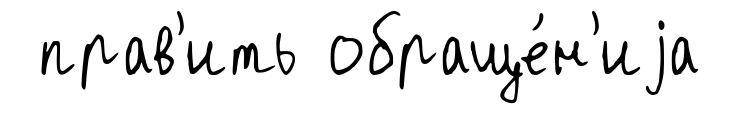
прав'ить обраще́н'иjа